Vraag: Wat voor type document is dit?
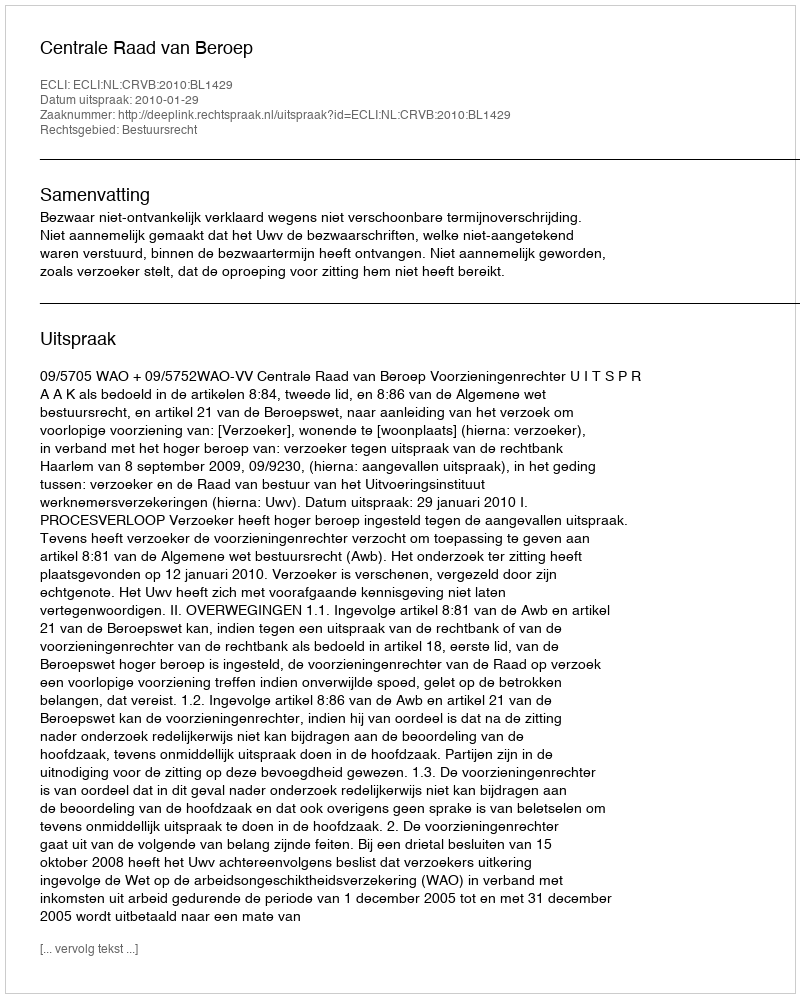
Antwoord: Uitspraak